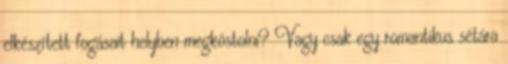
elkészített fogásait helyben megkóstolni? Vagy csak egy romantikus sétára